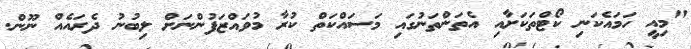
"މިއީ ހަމައެކަނި ކޯޓްތަކަށާއި އެތަންތަނުގައި މަސައްކަތް ކުރާ މުވައްޒަފުންނަށް ލިބުނު ދެރައެއް ނޫން.